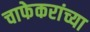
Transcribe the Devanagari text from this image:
चाफेकरांच्या